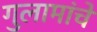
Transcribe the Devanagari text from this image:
गुलामांचे